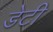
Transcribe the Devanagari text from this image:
डेटी